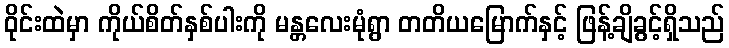
ဝိုင်းထဲမှာ ကိုယ်စိတ်နှစ်ပါးကို မန္တလေးမုံရွာ တတိယမြောက်နှင့် ဖြန့်ချိခွင့်ရှိသည်